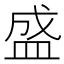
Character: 盛